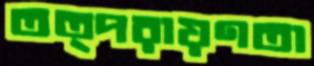
তত্পরায়ণতা